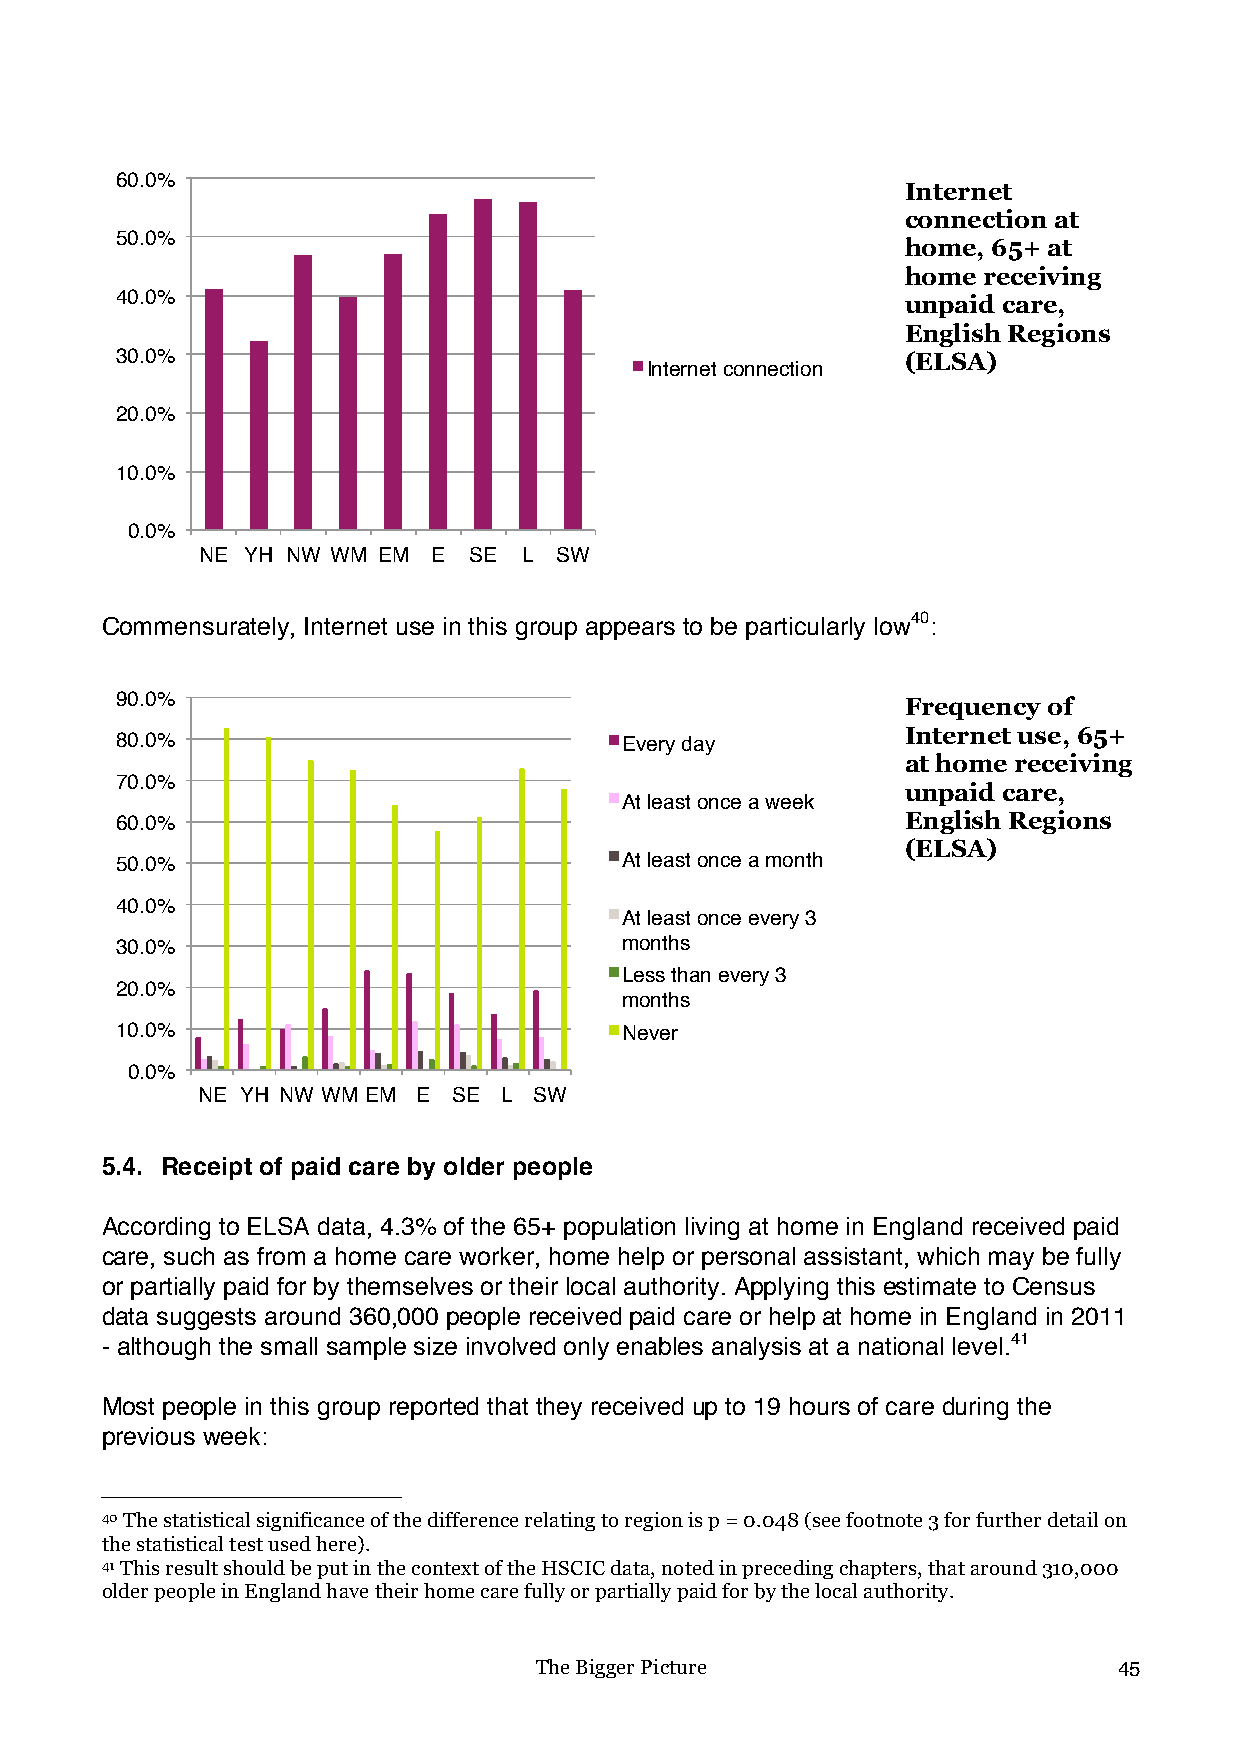
60.0%
 Internet
 connection at
 50.0%
 home, 65+ at
 home receiving
 40.0%                                               unpaid care,
 English Regions
 30.0%                                               (ELSA)
 Internet connection
 20.0%
 10.0%
 0.0%
 NE YH NW WM EM  E SE  L SW
 Commensurately, Internet use in this group appears to be particularly low40:
 90.0%                                               Frequency of
 Internet use, 65+
 80.0%                            Every day
 at home receiving
 70.0%
 unpaid care,
 At least once a week
 60.0%                                               English Regions
 (ELSA)
 50.0%                            At least once a month
 40.0%
 At least once every 3
 30.0%                            months
 Less than every 3
 20.0%
 months
 10.0%                            Never
 0.0%
 NE YH NW WM EM E SE L SW
 5.4. Receipt of paid care by older people
 According to ELSA data, 4.3% of the 65+ population living at home in England received paid
 care, such as from a home care worker, home help or personal assistant, which may be fully
 or partially paid for by themselves or their local authority. Applying this estimate to Census
 data suggests around 360,000 people received paid care or help at home in England in 2011
 - although the small sample size involved only enables analysis at a national level.41
 Most people in this group reported that they received up to 19 hours of care during the
 previous week:
 !!!!!!!!!!!!!!!!!!!!!!!!!!!!!!!!!!!!!!!!!!!!!!!!!!!!!!!!
 40 The statistical significance of the difference relating to region is p = 0.048 (see footnote 3 for further detail on
 the statistical test used here).!
 41 This result should be put in the context of the HSCIC data, noted in preceding chapters, that around 310,000
 older people in England have their home care fully or partially paid for by the local authority.
 The Bigger Picture                     45